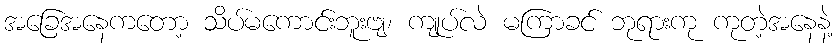
အခြေအနေကတော့ သိပ်မကောင်းဘူးဗျ၊ ကျုပ်လဲ မကြာခင် ဘုရားကု ကုတဲ့အနေနဲ့